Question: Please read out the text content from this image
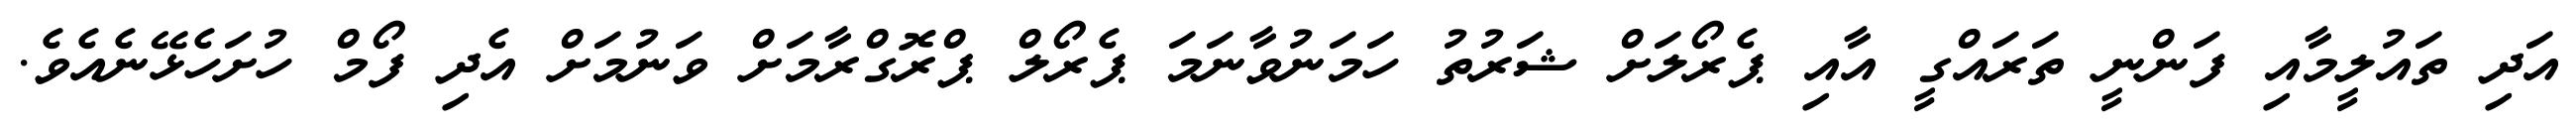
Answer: އަދި ތައުލީމާއި ފަންނީ ތަރައްގީ އާއި ޕެރޯލަށް ޝަރުތު ހަމަނުވާނަމަ ޕެރޯލް ޕްރޮގްރާމަށް ވަނުމަށް އެދި ފޯމް ހުށަހެޅޭނެއެވެ.